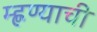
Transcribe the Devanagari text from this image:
म्ह्णण्याची